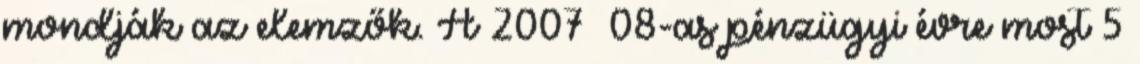
mondják az elemzők. A 2007 08-as pénzügyi évre most 5